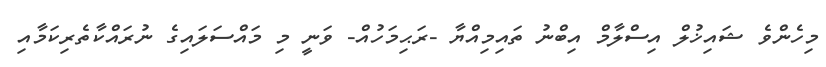
މިހެންވެ ޝައިޚުލް އިސްލާމް އިބްނު ތައިމިއްޔާ -ރަޙިމަހުއް- ވަނީ މި މައްސަލައިގެ ނުރައްކާތެރިކަމާއި